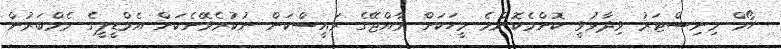
ހޯމް މިނިސްޓަރު ވިދާޅުވީ ކޮންމެކޮންމެ މީހަކަށް ރާއްޖޭގެ ރައީސްކަން ނުކުރެވޭނެކަން އެމްޑީޕީގެ މެމްބަރުން